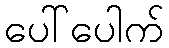
ပေါ်ပေါက်